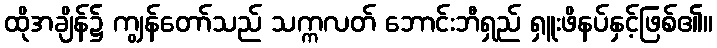
ထိုအချိန်၌ ကျွန်တော်သည် သက္ကလတ် ဘောင်းဘီရှည် ရှူးဖိနပ်နှင့်ဖြစ်၏။